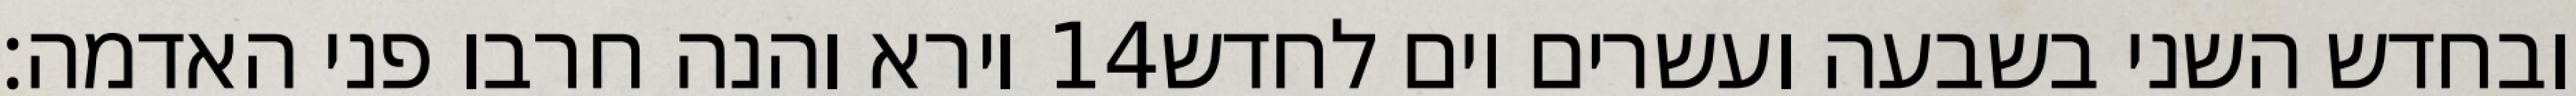
וירא והנה חרבו פני האדמה׃ ‎14‏ ובחדש השני בשבעה ועשרים יום לחדש